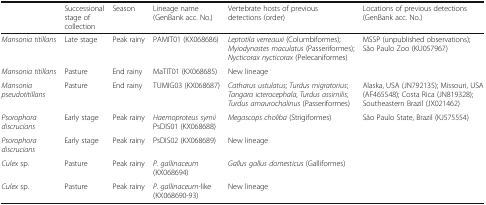
<table><thead><tr><td></td><td><b>Successional stage of collection</b></td><td><b>Season</b></td><td><b>Lineage name (GenBank acc. No.)</b></td><td><b>Vertebrate hosts of previous detections (order)</b></td><td><b>Locations of previous detections (GenBank acc. No.)</b></td></tr></thead><tbody><tr><td><i>Mansonia titillans</i></td><td>Late stage</td><td>Peak rainy</td><td>PAMIT01 (KX068686)</td><td><i>Leptotila verreauxi</i> (Columbiformes); <i>Myiodynastes maculatus</i> (Passeriformes); <i>Nycticorax nycticorax</i> (Pelecaniformes)</td><td>MSSP (unpublished observations); São Paulo Zoo (KU057967)</td></tr><tr><td><i>Mansonia titillans</i></td><td>Pasture</td><td>End rainy</td><td>MaTIT01 (KX068685)</td><td>New lineage</td><td></td></tr><tr><td><i>Mansonia pseudotitillans</i></td><td>Pasture</td><td>End rainy</td><td>TUMIG03 (KX068687)</td><td><i>Catharus ustulatus</i>; <i>Turdus migratorius</i>; <i>Tangara icterocephala</i>, <i>Turdus assimilis</i>; <i>Turdus amaurochalinus</i> (Passeriformes)</td><td>Alaska, USA (JN792135); Missouri, USA (AF465548); Costa Rica (JN819328); Southeastern Brazil (JX021462)</td></tr><tr><td><i>Psorophora discrucians</i></td><td>Early stage</td><td>Peak rainy</td><td><i>Haemoproteus syrnii</i> PsDIS01 (KX068688)</td><td><i>Megascops choliba</i> (Strigiformes)</td><td>São Paulo State, Brazil (KJ575554)</td></tr><tr><td><i>Psorophora discrucians</i></td><td>Early stage</td><td>Peak rainy</td><td>PsDIS02 (KX068689)</td><td>New lineage</td><td></td></tr><tr><td><i>Culex</i> sp.</td><td>Pasture</td><td>Peak rainy</td><td><i>P. gallinaceum</i> (KX068694)</td><td><i>Gallus gallus domesticus</i> (Galliformes)</td><td></td></tr><tr><td><i>Culex</i> sp.</td><td>Pasture</td><td>Peak rainy</td><td><i>P. gallinaceum-</i>like (KX068690-93)</td><td>New lineage</td><td></td></tr></tbody></table>